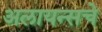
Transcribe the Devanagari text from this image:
अलायन्सचे